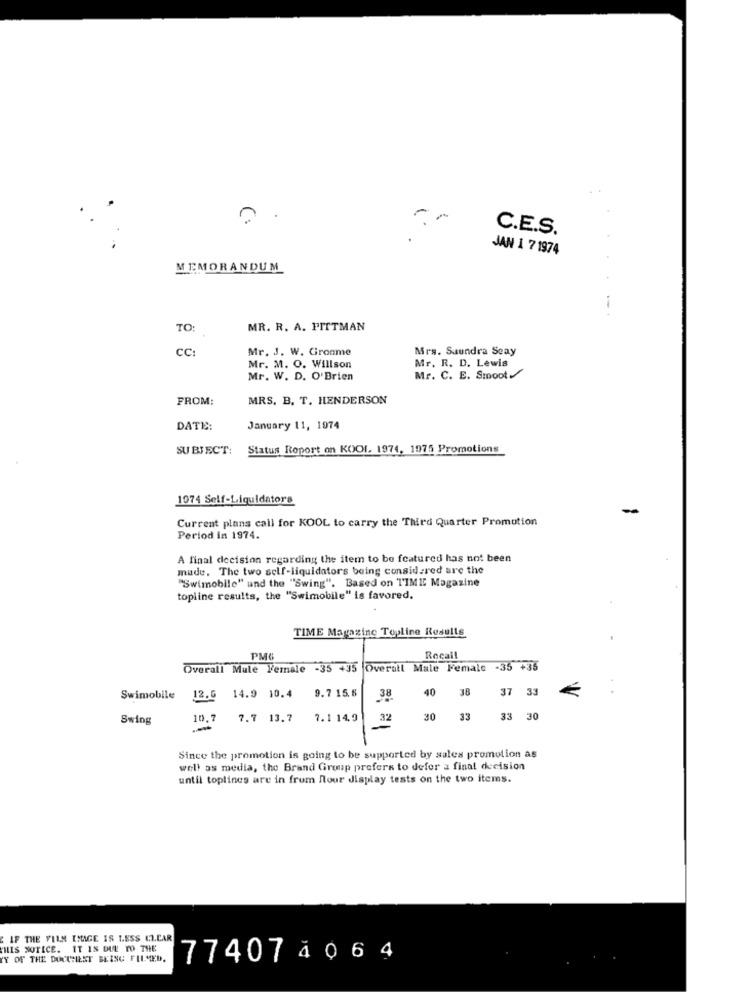
.
-
C.E.S.
JAN 1 7 1974
MEMORANDUM
-
TO:
MR. R. A. PITTMAN
CC:
Mr. J. W. Gronme
Mrs. Saundra Seay
Mr. R. D. Lewis
Mr. M. O. Willson
Mr. W. D. O'Brien
Mr. C. E. Smoot /
FROM:
MRS. B. T. HENDERSON
DATE:
January 11, 1974
SUBJECT:
Status Report on KOOI 1974, 1975 Promotions
1974 Self-Liquidators
Current plans call for KOOL to carry the Third Quarter Promotion
Period in 1974.
A final decision regarding the item to be featured has not been
made. The two self-liquidators being considered are the
"Swimobile" und the "Swing". Based on TIME Magazine
topline results, the "Swimobile" is favored.
TIME Magazine Topline Results
PMG
Recall
Overall Mule Female -35 +35 Overall Male Female -35 +35
9.7 15.6
40
38
37 33
Swimobile
12.0 14.9 10.4
38
Swing
10.7
7.7 13.7
7.1 14.9
32
30
33
33 30
Since the promotion is going to be supported by sales promotion as
well as media, the Brand Group prefers to defer a final decision
until toplines are in frum nour display tests on the two items.
CIF THE FILM IMAGE IS LESS CL.CAR
THIS NOTICE. IT IS DUE TO THE
YY OF THE DOCCHIEST BEING FILMED.
77407 4 0 64